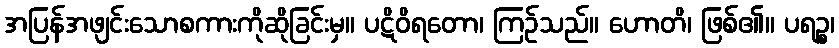
အပြန်အဖျင်းသောစကားကိုဆိုခြင်းမှ။ ပဋိဝိရတော၊ ကြဉ်သည်။ ဟောတိ၊ ဖြစ်၏။ ပရဉ္စ၊